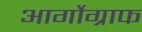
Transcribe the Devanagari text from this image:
आर्गोग्राफ